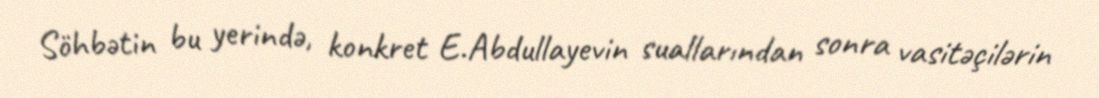
Söhbətin bu yerində, konkret E.Abdullayevin suallarından sonra vasitəçilərin